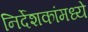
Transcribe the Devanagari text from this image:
निर्देशकांमध्ये